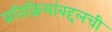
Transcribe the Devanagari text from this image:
प्रतिक्रियांबद्दलची